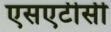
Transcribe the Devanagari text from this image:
एसएटीसी